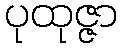
ပုထုဇ္ဇာ